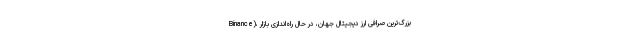
Binance)، بزرگ‌ترین صرافی ارز دیجیتال جهان، در حال راه‌اندازی بازار